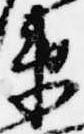
衛